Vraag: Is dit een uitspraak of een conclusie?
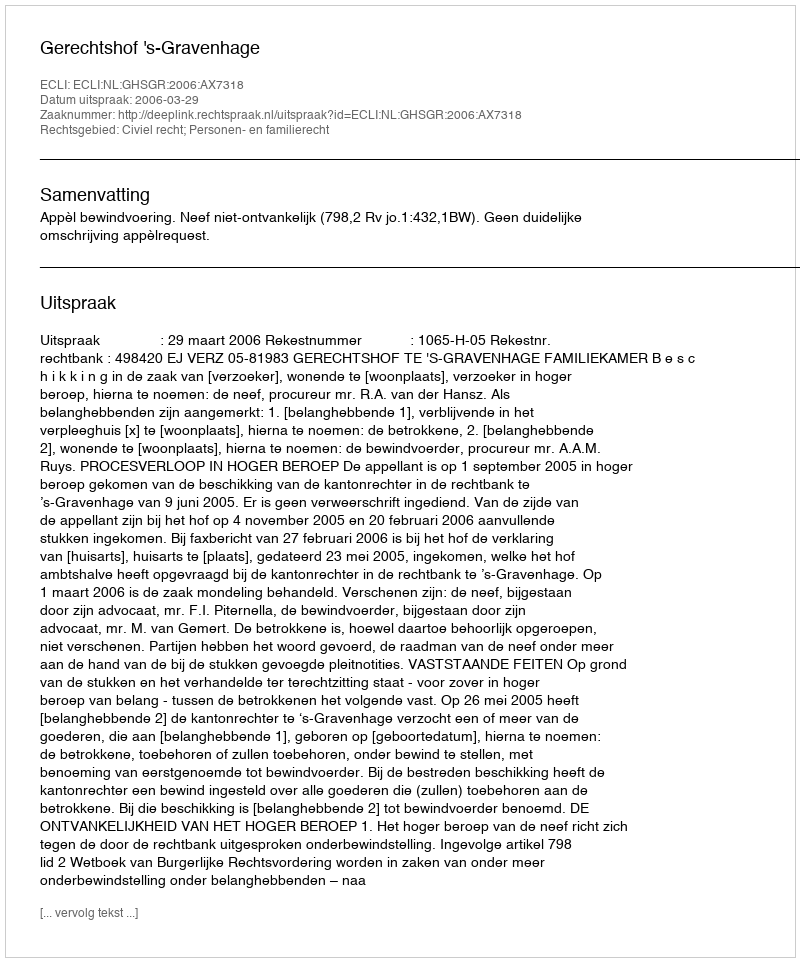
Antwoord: Uitspraak